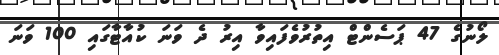
ލޯނުގެ 47 ޕަސެންޓް އިތުރުވެފައިވާ އިރު ދެ ވަނަ ކުއާޓާގައި 100 ވަނަ